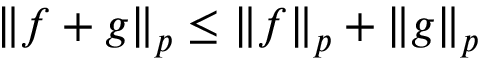
\left\Vert { f + g } \right\Vert _ { p } \leq \left\Vert { f } \right\Vert _ { p } + \left\Vert { g } \right\Vert _ { p }